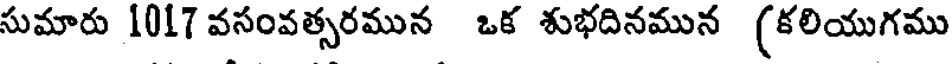
సుమారు 1017 వసంవత్సరమున ఒక శుభదినమున (కలియుగము